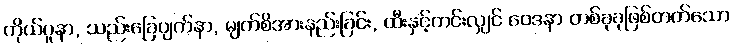
ကိုယ်ပူနာ, သည်းခြေပျက်နာ, မျက်စိအားနည်းခြင်း, ထီးနှင့်ကင်းလျှင် ဝေဒနာ တစ်ခုခုဖြစ်တတ်သော